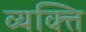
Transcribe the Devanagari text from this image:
व्यक्त्ति